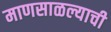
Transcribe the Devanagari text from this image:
माणसाळल्याची